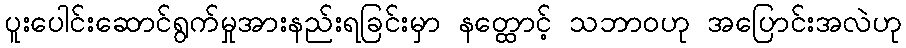
ပူးပေါင်းဆောင်ရွက်မှုအားနည်းရခြင်းမှာ နတ္ထောင့် သဘာဝဟု အပြောင်းအလဲဟု